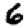
Digit: 6